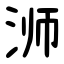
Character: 浉